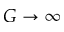
G \rightarrow \infty